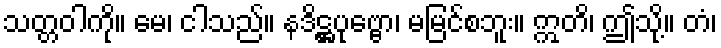
သတ္တဝါကို။ မေ၊ ငါသည်။ နဒိဋ္ဌပုဗ္ဗော၊ မမြင်စဘူး။ ဣတိ၊ ဤသို့။ တံ၊